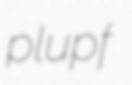
plupf